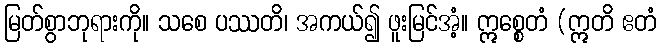
မြတ်စွာဘုရားကို။ သစေ ပဿတိ၊ အကယ်၍ ဖူးမြင်အံ့။ ဣစ္စေတံ (ဣတိ ဧတံ